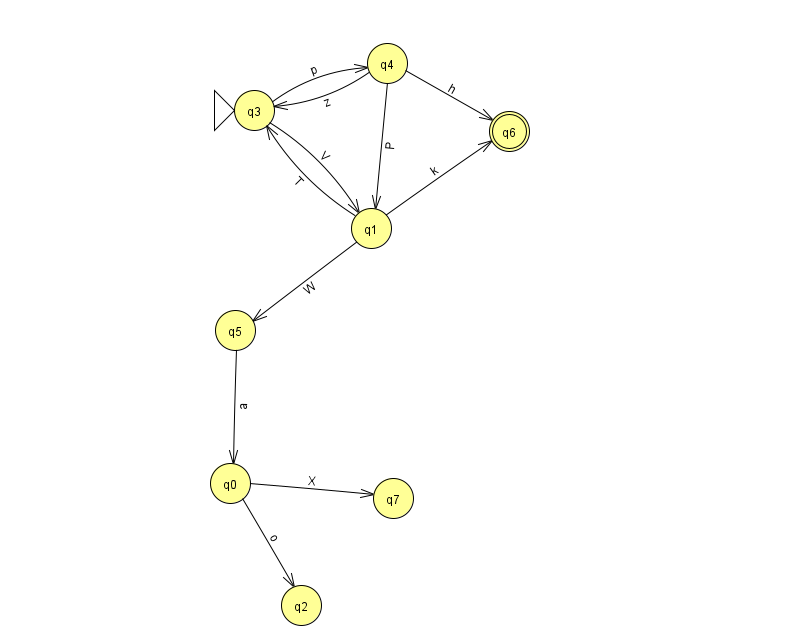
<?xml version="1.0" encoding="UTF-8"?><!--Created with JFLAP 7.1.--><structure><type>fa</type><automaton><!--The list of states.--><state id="0" name="q0"><x>230.0</x><y>470.0</y></state><state id="1" name="q1"><x>371.0</x><y>215.0</y></state><state id="2" name="q2"><x>301.0</x><y>592.0</y></state><state id="3" name="q3"><x>254.0</x><y>97.0</y><initial/></state><state id="4" name="q4"><x>387.0</x><y>50.0</y></state><state id="5" name="q5"><x>235.0</x><y>317.0</y></state><state id="6" name="q6"><x>509.0</x><y>118.0</y><final/></state><state id="7" name="q7"><x>393.0</x><y>485.0</y></state><!--The list of transitions.--><transition><from>0</from><to>7</to><read>X</read></transition><transition><from>1</from><to>3</to><read>T</read></transition><transition><from>4</from><to>1</to><read>P</read></transition><transition><from>3</from><to>1</to><read>V</read></transition><transition><from>3</from><to>4</to><read>p</read></transition><transition><from>4</from><to>6</to><read>h</read></transition><transition><from>1</from><to>6</to><read>k</read></transition><transition><from>1</from><to>5</to><read>W</read></transition><transition><from>0</from><to>2</to><read>o</read></transition><transition><from>4</from><to>3</to><read>z</read></transition><transition><from>5</from><to>0</to><read>a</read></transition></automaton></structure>